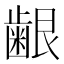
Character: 𮯅